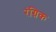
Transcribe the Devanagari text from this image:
रंग्रिक